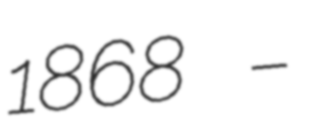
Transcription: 1868 –